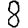
Digit: 8